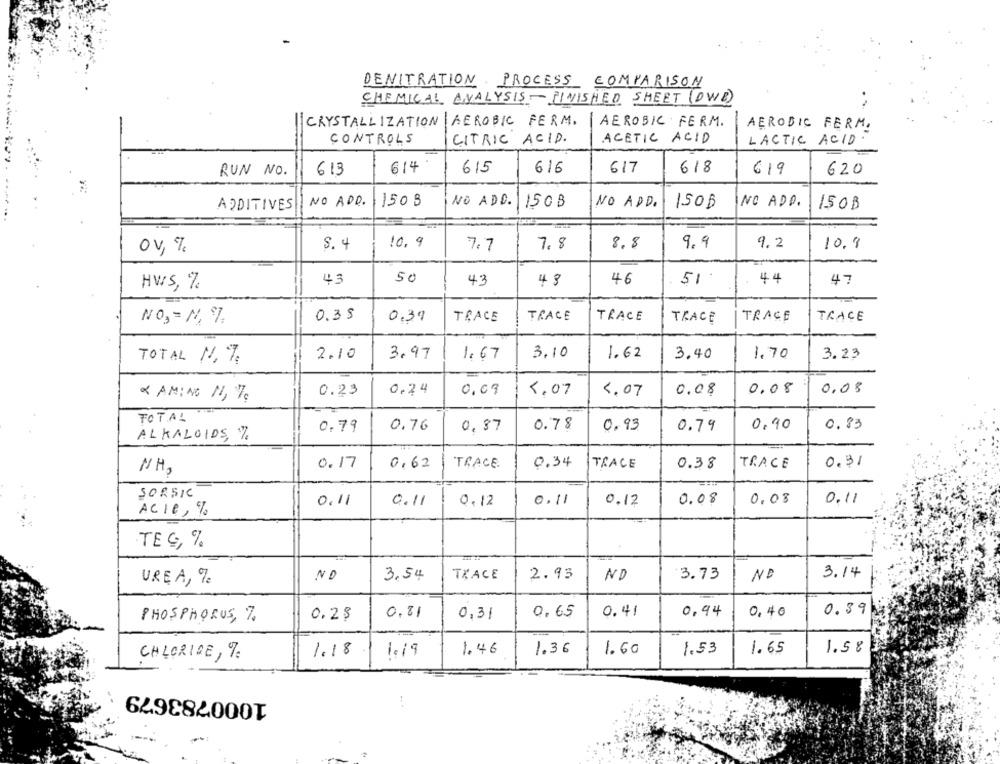
DENITRATION PROCESS COMPARISON
CHEMICAL ANALYSIS -FINISHED SHEET (DWD)
CRYSTALLIZATION | AEROBIC FERM. | AEROBIC FERM.
AEROBIC FERM.
CONTROLS
CITRIC ACID.
ACETIC ACID
LACTIC ACID
614
616
617
618
RUN NO.
613
615
619
620
ADDITIVES
NO ADD.
150 8
NO ADC.
150B
NO ADD.
150B
NO ADD.
150B
10.9
8.8
9.9
9.2
0V, 7
S. 4
7.7
7.8
10.9
43
50
43
48
46
51.
44
47
HVIS, %
NO3= N. º7.
0.3 5
0,39
TRACE
TRACE
TRACE
TRACE
TRACE
TRACE
2.10
3.97
1.67
3.10
1.62
3.40
1.70
3.23
TOTAL 1.7
0,09
0.08
0.08
< AMING 11, 176
0.23
0.24
5.07
4.07
0.08
TOTAL
0.79
0.76
0,87
0.78
0.93
0.79
0,90
0,83
ALKALOIDS, %
0.17
0,62
TRACE.
0.34
TRACE
0.38
TRACE
0.31
NH,
SORSIC
0.11
0.11
0.12
0.11
0.12
0.08
0.08
0.11
ACI0, %
TEC, %
3.54
TXACE
2.93
ND
3.73
NO
3.14
UREA, 7
0. 41
0.94
0,40
0.39
PHOSPHORUS, %
0,25
0.81
0,31
0,65
1.46
1.36
1.60
1.53
1.65
1.58
CHLORIDE, %
1.18
1.19
1000783679